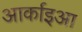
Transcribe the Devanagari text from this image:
आर्काइआ